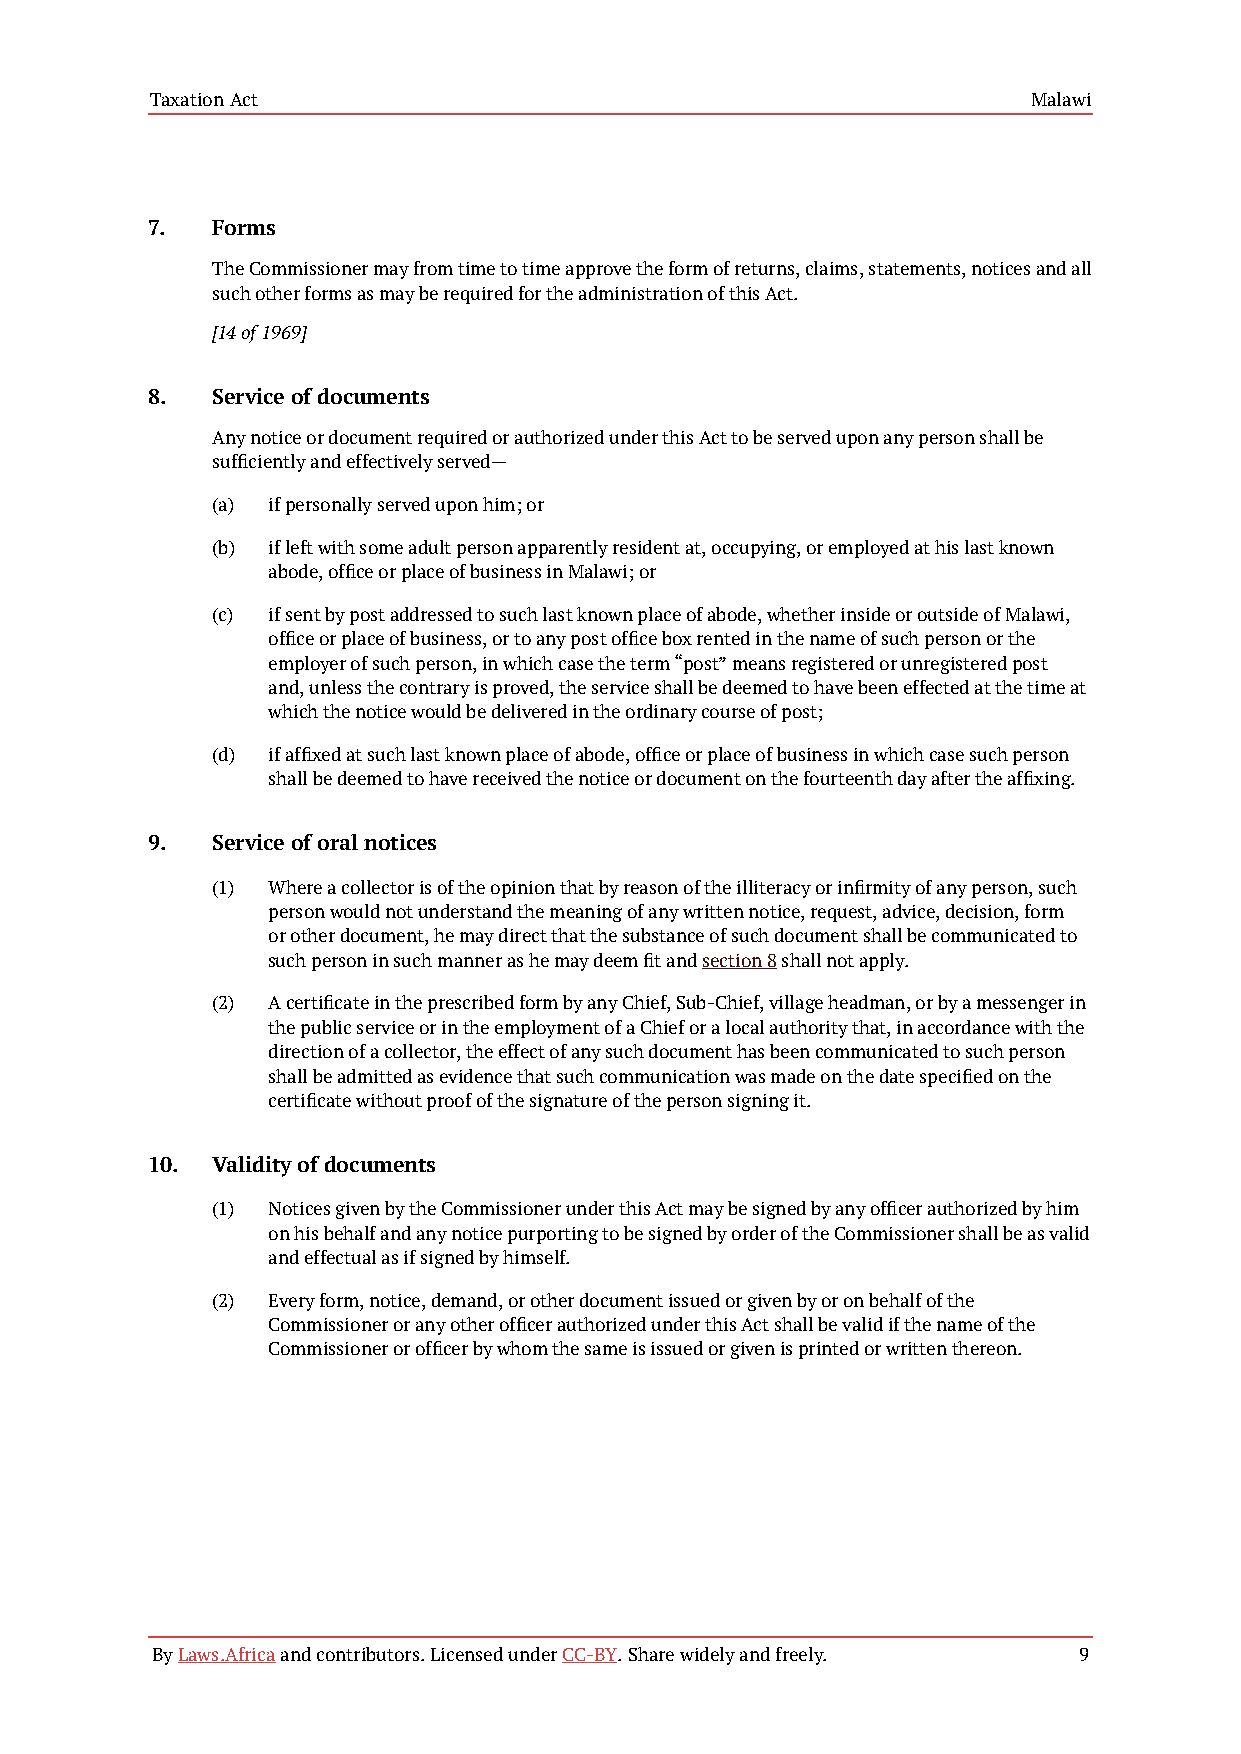
Taxation Act                                              Malawi
 7.  Forms
 The Commissioner may from time to time approve the form of returns, claims, statements, notices and all
 such other forms as may be required for the administration of this Act.
 [14 of 1969]
 8.  Service of documents
 Any notice or document required or authorized under this Act to be served upon any person shall be
 sufficiently and effectively served—
 (a) if personally served upon him; or
 (b) if left with some adult person apparently resident at, occupying, or employed at his last known
 abode, office or place of business in Malawi; or
 (c) if sent by post addressed to such last known place of abode, whether inside or outside of Malawi,
 office or place of business, or to any post office box rented in the name of such person or the
 employer of such person, in which case the term “post” means registered or unregistered post
 and, unless the contrary is proved, the service shall be deemed to have been effected at the time at
 which the notice would be delivered in the ordinary course of post;
 (d) if affixed at such last known place of abode, office or place of business in which case such person
 shall be deemed to have received the notice or document on the fourteenth day after the affixing.
 9.  Service of oral notices
 (1) Where a collector is of the opinion that by reason of the illiteracy or infirmity of any person, such
 person would not understand the meaning of any written notice, request, advice, decision, form
 or other document, he may direct that the substance of such document shall be communicated to
 such person in such manner as he may deem fit and section 8 shall not apply.
 (2) A certificate in the prescribed form by any Chief, Sub-Chief, village headman, or by a messenger in
 the public service or in the employment of a Chief or a local authority that, in accordance with the
 direction of a collector, the effect of any such document has been communicated to such person
 shall be admitted as evidence that such communication was made on the date specified on the
 certificate without proof of the signature of the person signing it.
 10. Validity of documents
 (1) Notices given by the Commissioner under this Act may be signed by any officer authorized by him
 on his behalf and any notice purporting to be signed by order of the Commissioner shall be as valid
 and effectual as if signed by himself.
 (2) Every form, notice, demand, or other document issued or given by or on behalf of the
 Commissioner or any other officer authorized under this Act shall be valid if the name of the
 Commissioner or officer by whom the same is issued or given is printed or written thereon.
 By Laws.Africa and contributors. Licensed under CC-BY. Share widely and freely. 9